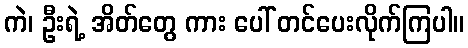
ကဲ၊ ဦးရဲ့ အိတ်တွေ ကား ပေါ် တင်ပေးလိုက်ကြပါ။